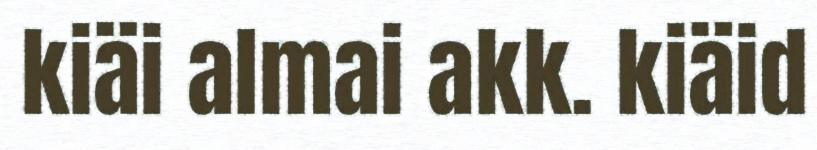
kiäi almai akk. kiäid